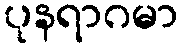
ပုနရာဂမာ